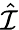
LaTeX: \hat{\cal I}